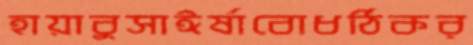
হায়াবুসাঈর্ষাবোধঠিকর